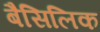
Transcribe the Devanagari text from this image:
बैसिलिक